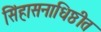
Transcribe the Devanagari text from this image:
सिंहासनाधिष्ठीत